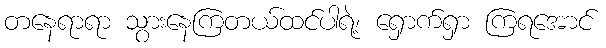
တနေရာရာ သွားနေကြတယ်ထင်ပါရဲ့၊ ရှောက်ရှာ ကြရအောင်